DOW-UAP-D49, Launch Summary, Vandenberg AFB, 2000
Agency: Department of War
Incident date: 2/3/00
Page 102
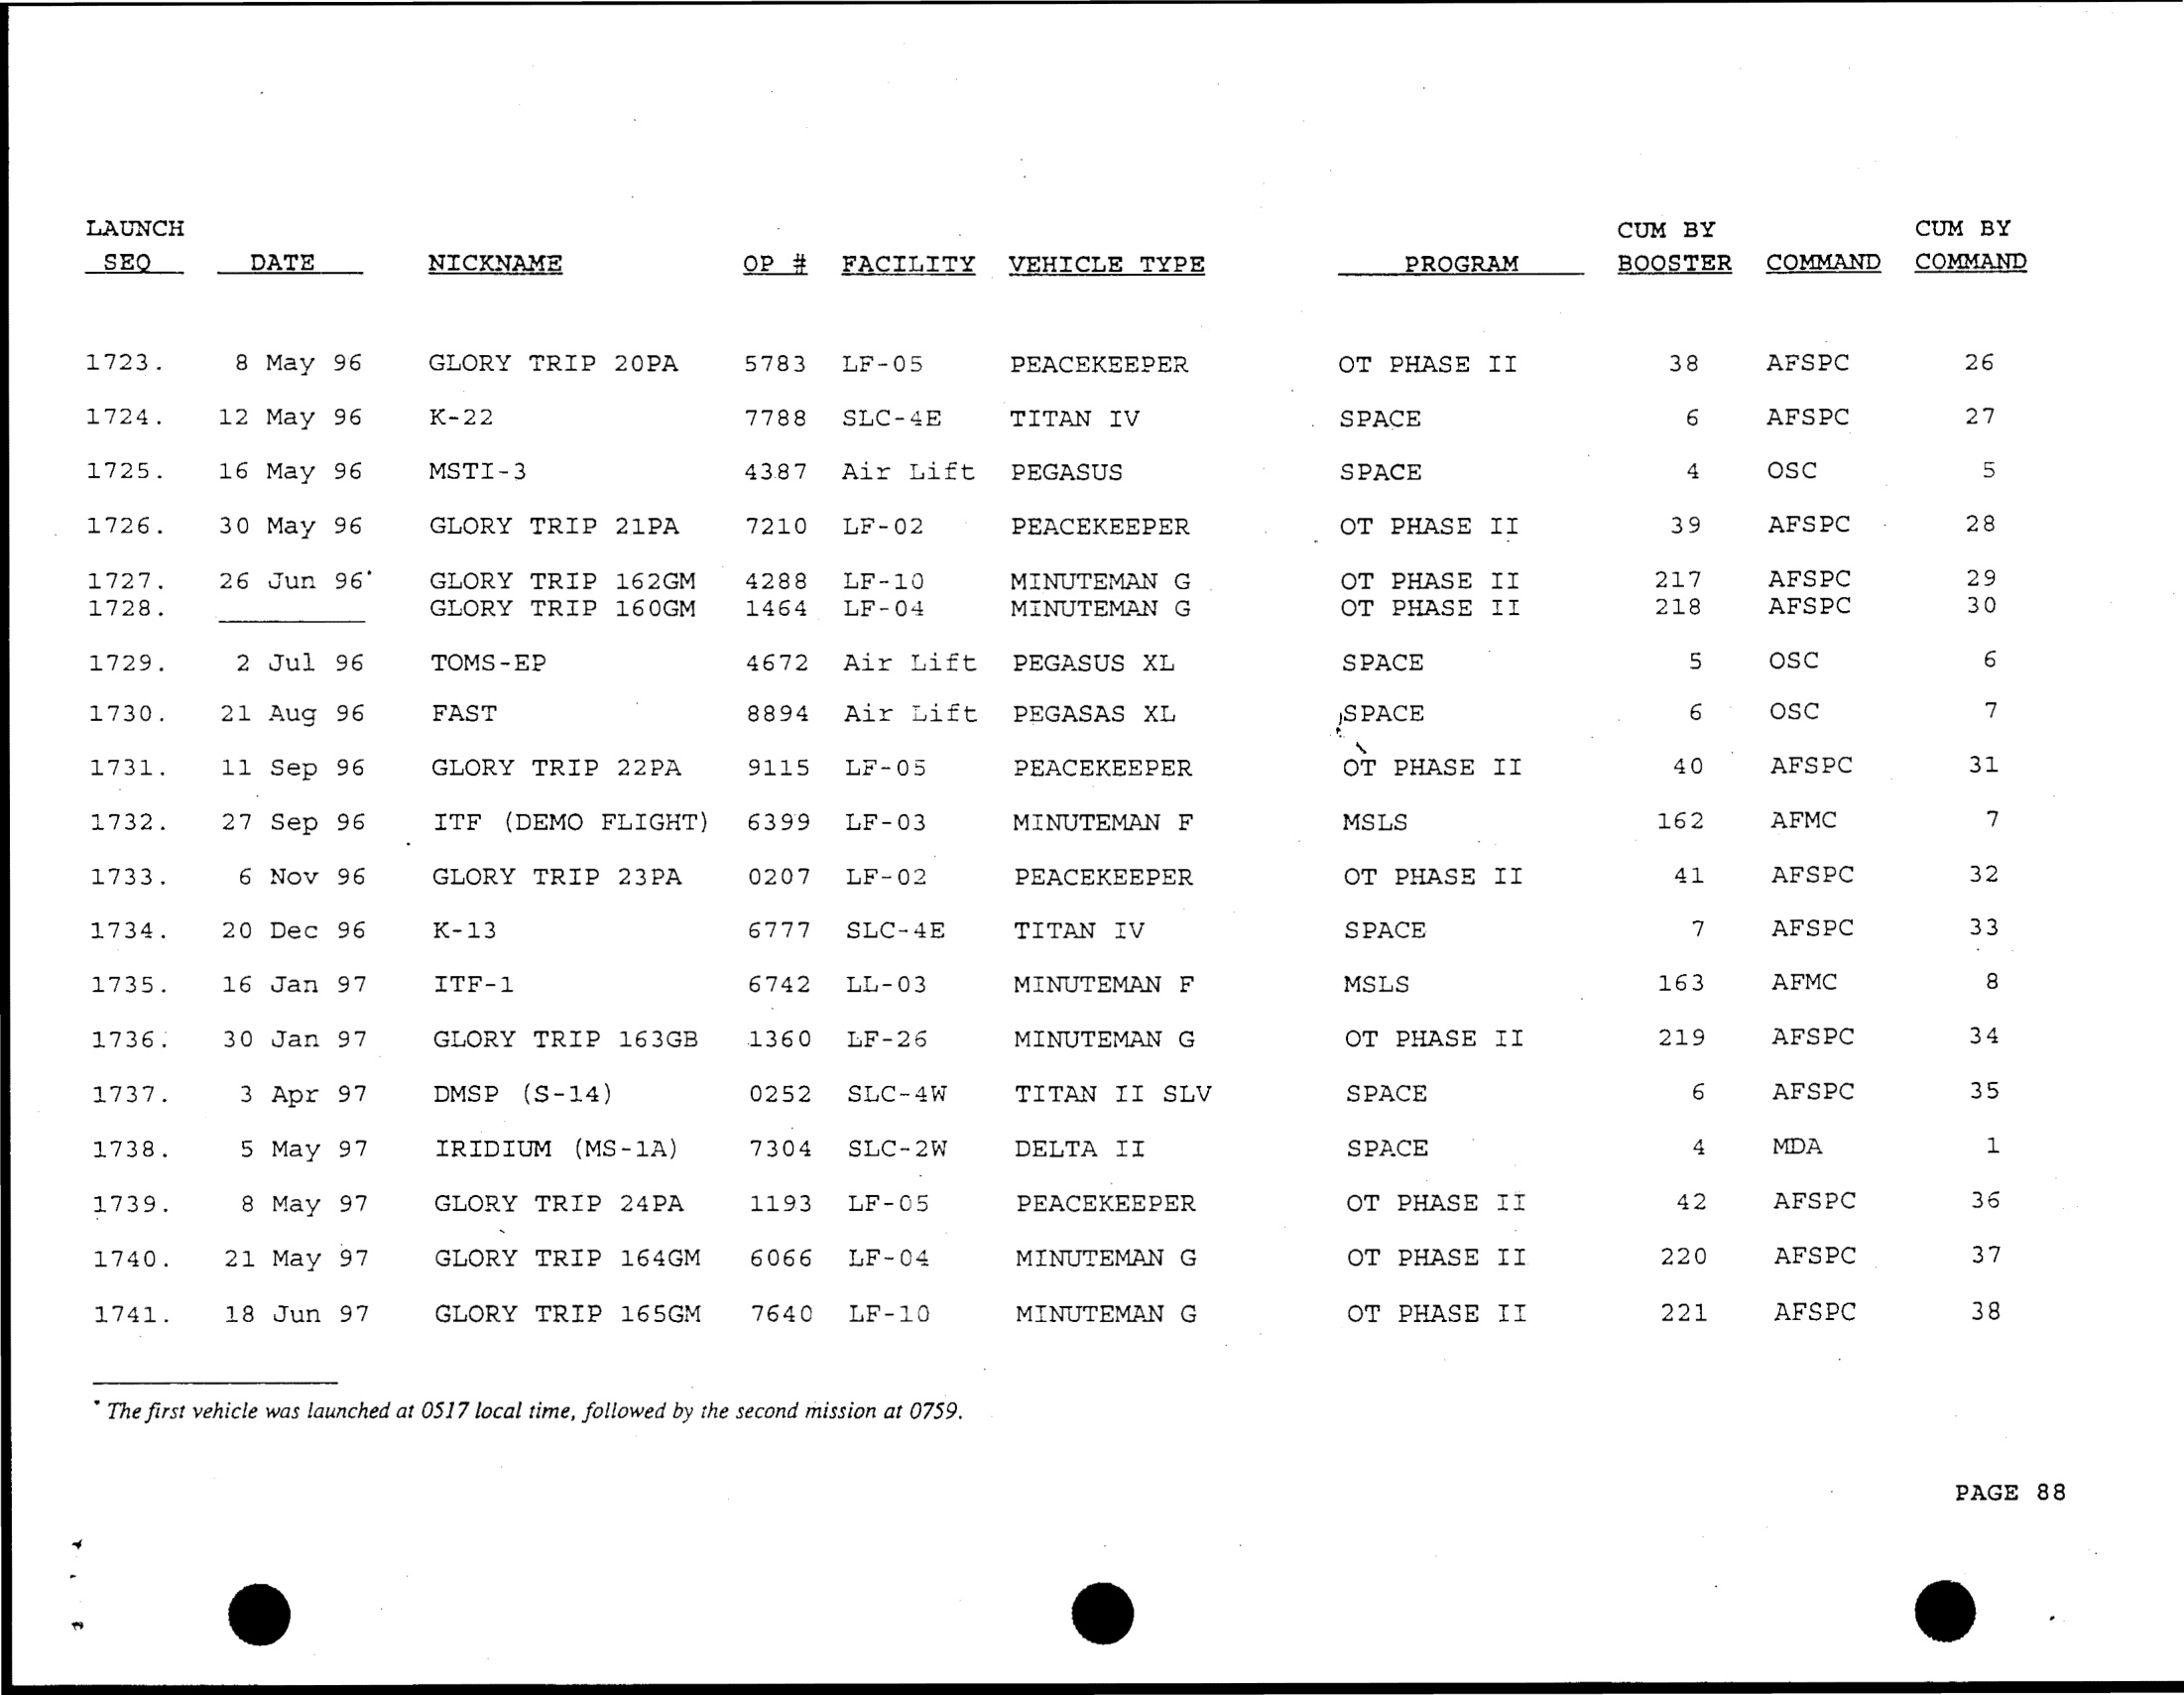